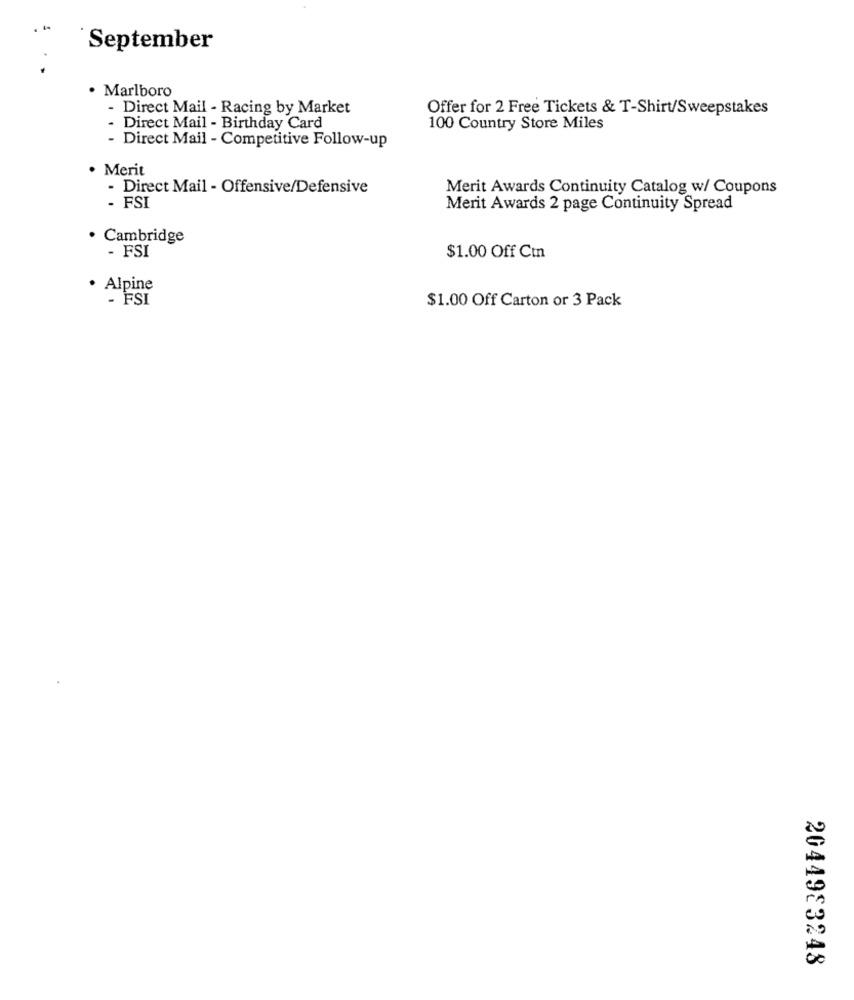
September
· Marlboro
- Direct Mail - Racing by Market
Offer for 2 Free Tickets & T-Shirt/Sweepstakes
- Direct Mail - Birthday Card
100 Country Store Miles
- Direct Mail - Competitive Follow-up
Merit
- Direct Mail - Offensive/Defensive
Merit Awards Continuity Catalog w/ Coupons
- FSI
Merit Awards 2 page Continuity Spread
· Cambridge
- FSI
$1.00 Off Ctn
· Alpine
- FSI
$1.00 Off Carton or 3 Pack
2044983248